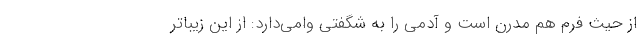
از حیث فرم هم مدرن است و آدمی را به شگفتی وامی‌دارد: از این زیباتر